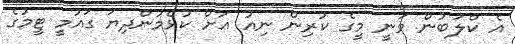
އެ ކްލަބުން ވަނީ މީގެ ކުރިން ނިއު އަށް ކުޅެމުންދިޔަ ގައުމީ ޓީމުގެ